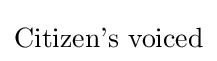
{\text{Citizen's voiced}}